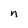
Character: n